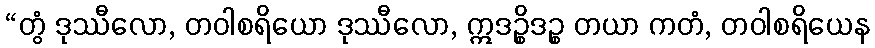
“တွံ ဒုဿီလော, တဝါစရိယော ဒုဿီလော, ဣဒဉ္စိဒဉ္စ တယာ ကတံ, တဝါစရိယေန